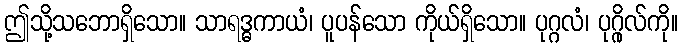
ဤသို့သဘောရှိသော။ သာရဒ္ဓကာယံ၊ ပူပန်သော ကိုယ်ရှိသော။ ပုဂ္ဂလံ၊ ပုဂ္ဂိုလ်ကို။